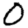
Digit: 0